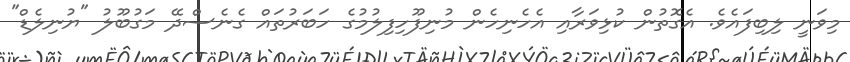
މިވަނީ ލިބިފައެވެ. އެގޮތުން ކުޅިވަރާއި އެހެނިހެން މުނިފޫހިފިލުމުގެ ހަބަރުތައް ގެނެސްދޭ މަގުބޫލު "ޔުނިލެޑް"